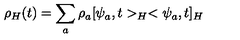
\rho _ { H } ( t ) = \sum _ { a } \rho _ { a } [ \psi _ { a } , t > _ { H } < \psi _ { a } , t ] _ { H }